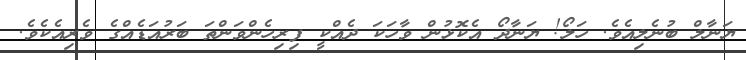
ޔަނާލް ބުނެލިއެވެ. ހަލޯ! ޔަނާދޯ އެކޮޅުން ވާހަކަ ދެއްކީ ފިރިހެންވަންތަ ބަރުއަޑެއްގެ ވެރިއެކެވެ.